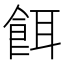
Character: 餌